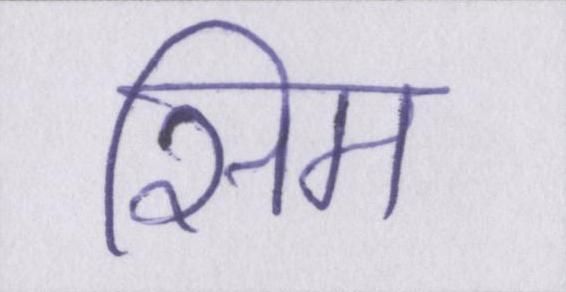
सिम